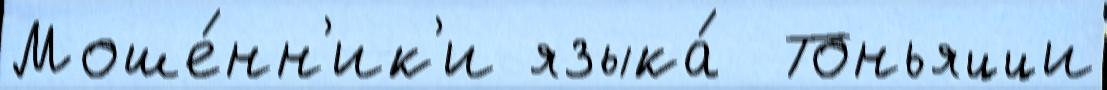
Моше́нн'ик'и языка́  Тоньяцци